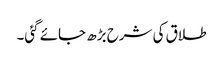
طلاق کی شرح بڑھ جائے گئی۔